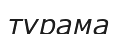
турама